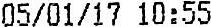
05/01/17 10:55